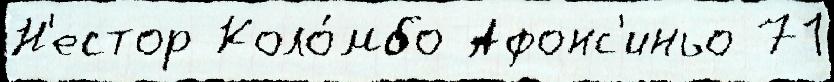
Н'естор Коло́мбо Афонс'иньо 71